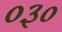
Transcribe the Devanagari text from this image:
०३०